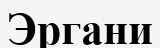
Эргани